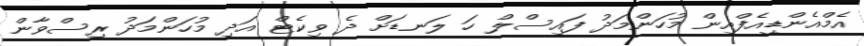
އެމްއެންޑީއެފްއިން މުހަންމަދު ފައިސްލް ހަ ލަނޑަށް ދެ ވިކެޓް އަދި މުހަންމަދު ރިސްވާން